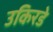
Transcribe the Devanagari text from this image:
उकिरडे